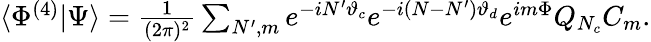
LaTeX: \begin{array}{r}{\langle{\Phi^{(4)}}|{\Psi}\rangle=\frac{1}{(2\pi)^{2}}\sum_{N^{\prime},m}e^{-iN^{\prime}\vartheta_{c}}e^{-i(N-N^{\prime})\vartheta_{d}}e^{im\Phi}Q_{N_{c}}C_{m}.}\end{array}